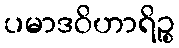
ပမာဒဝိဟာရိဉ္စ